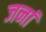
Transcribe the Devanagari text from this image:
जनां